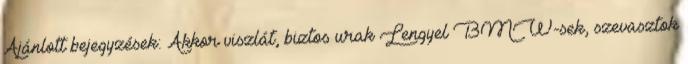
Ajánlott bejegyzések: Akkor viszlát, biztos urak Lengyel BMW-sek, szevasztok